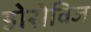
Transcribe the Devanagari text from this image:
होरोविज